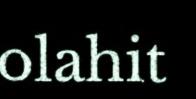
olahit